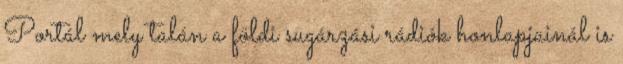
Portál mely talán a földi sugárzási rádiók honlapjainál is